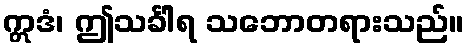
ဣဒံ၊ ဤသင်္ခါရ သဘောတရားသည်။